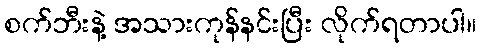
စက်ဘီးနဲ့ အသားကုန်နင်းပြီး လိုက်ရတာပါ။